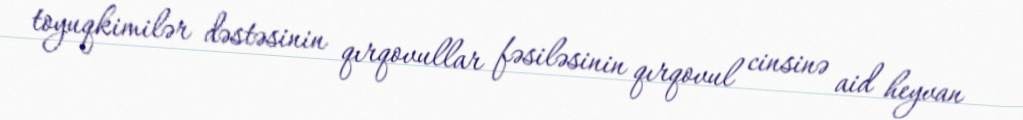
toyuqkimilər dəstəsinin qırqovullar fəsiləsinin qırqovul cinsinə aid heyvan